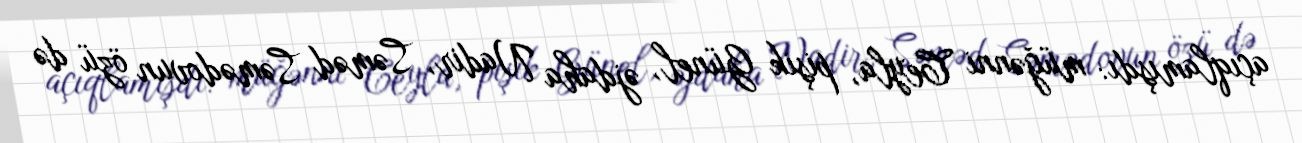
açıqlamışdı: müğənni Ceyla, pişik Günel, əjdaha Nadir, Səməd Səmədovun özü də